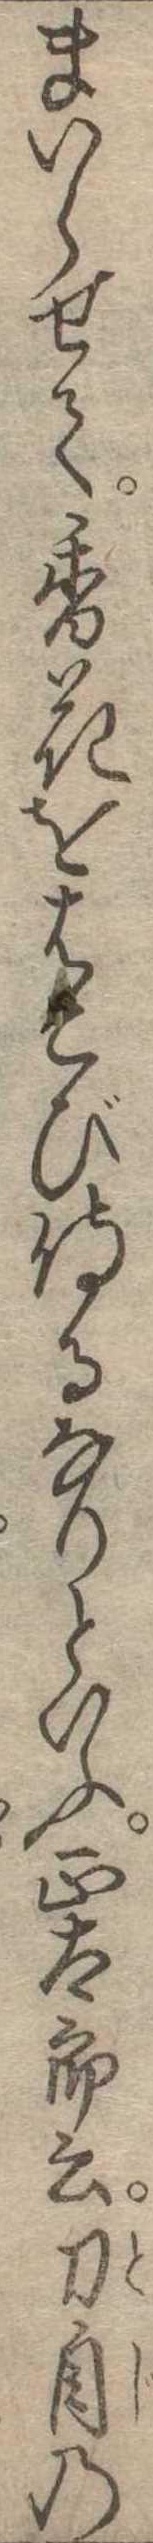
まいらせて香花をはこび侍るなりといふ正太郎云刀自の